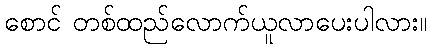
စောင် တစ်ထည်လောက်ယူလာပေးပါလား။